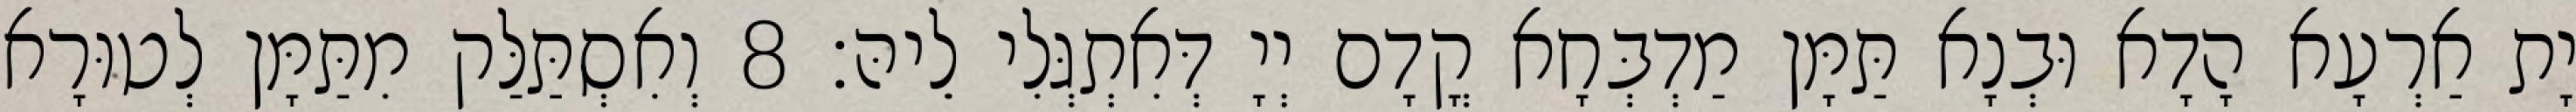
יָת אַרְעָא הָדָא וּבְנָא תַּמָּן מַדְבְּחָא קֳדָם יְיָ דְּאִתְגְּלִי לֵיהּ׃ 8 וְאִסְתַּלַּק מִתַּמָּן לְטוּרָא